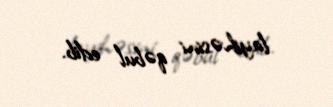
layihəsini qəbul edib.